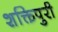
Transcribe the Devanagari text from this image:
शक्तिपुरी